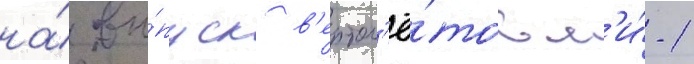
на́ вы́пуск в'ертол'ё́тов м'и́-1